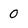
Character: 0